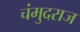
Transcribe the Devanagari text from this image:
चंमुदराज